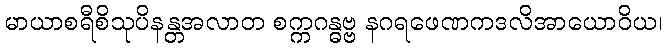
မာယာစရီစိသုပိနန္တအလာတ စက္ကဂန္ဓဗ္ဗ နဂရဖေဏကဒလိအာယောဝိယ၊